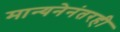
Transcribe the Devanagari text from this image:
मान्यनेनंतरही